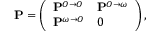
\mathbf { P } = \left( \begin{array} { l l } { \mathbf { P } ^ { O \to O } } & { \mathbf { P } ^ { O \to \omega } } \\ { \mathbf { P } ^ { \omega \to O } } & { 0 } \end{array} \right) ,